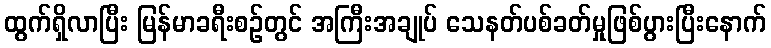
ထွက်ရှိလာပြီး မြန်မာခရီးစဉ်တွင် အကြီးအချုပ် သေနတ်ပစ်ခတ်မှုဖြစ်ပွားပြီးနောက်